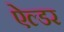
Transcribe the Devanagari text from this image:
ऐल्डर